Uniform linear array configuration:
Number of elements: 24
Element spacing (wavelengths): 0.25
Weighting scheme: hamming
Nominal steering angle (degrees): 60
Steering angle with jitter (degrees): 60.287
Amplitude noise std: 0.05
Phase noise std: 0.05

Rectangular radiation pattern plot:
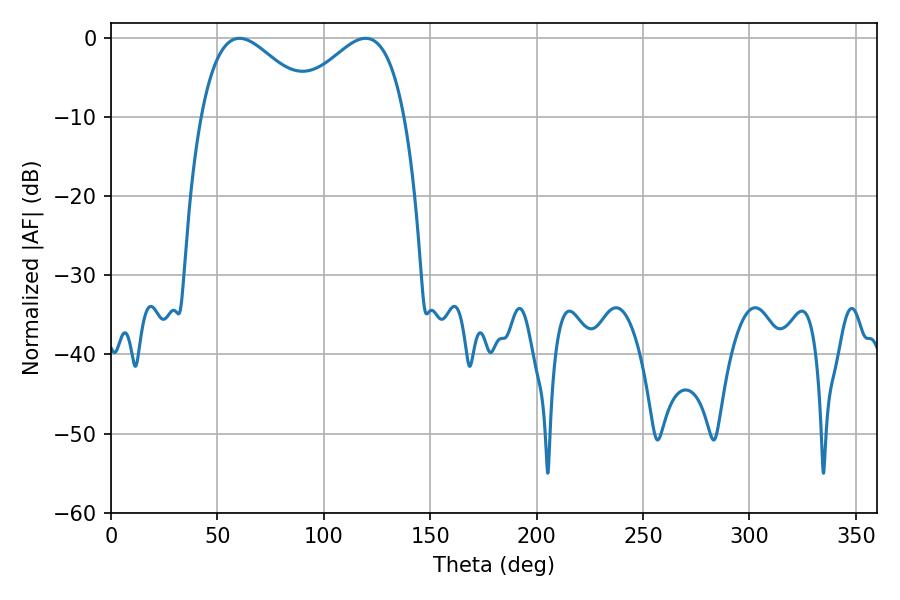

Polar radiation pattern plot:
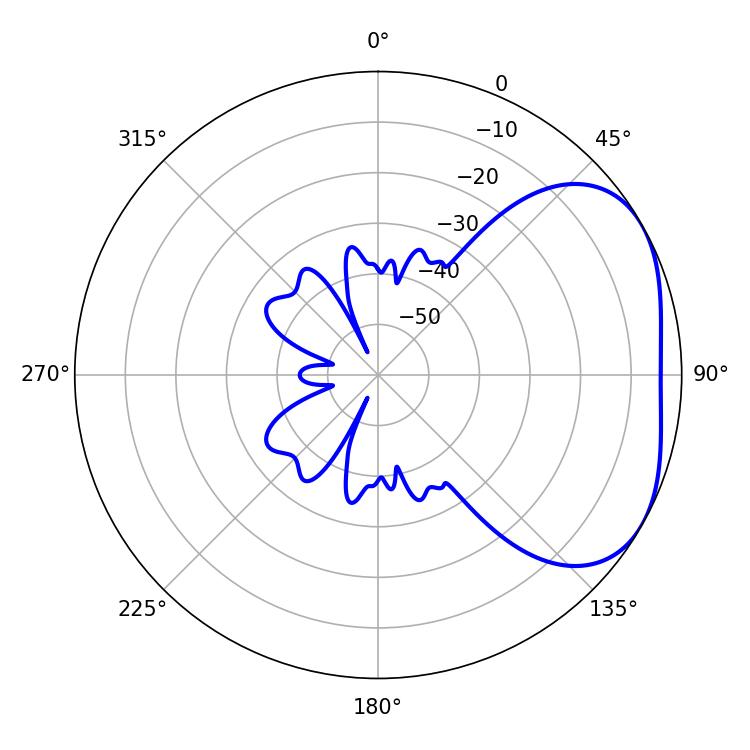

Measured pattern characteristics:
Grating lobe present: FALSE
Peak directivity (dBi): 3.289
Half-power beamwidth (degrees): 29.34
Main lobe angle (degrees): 60.3